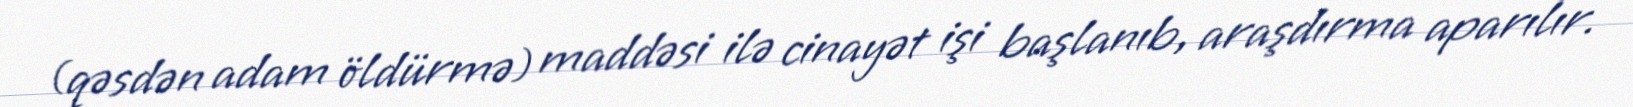
(qəsdən adam öldürmə) maddəsi ilə cinayət işi başlanıb, araşdırma aparılır.